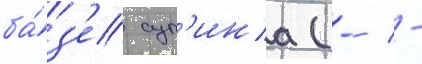
ба́з'е суп'ина (-/ -